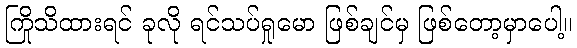
ကြိုသိထားရင် ခုလို ရင်သပ်ရှုမော ဖြစ်ချင်မှ ဖြစ်တော့မှာပေါ့။